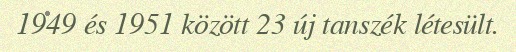
1949 és 1951 között 23 új tanszék létesült.